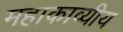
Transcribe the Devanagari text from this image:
महाकाव्यीय